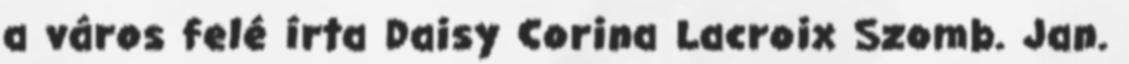
a város felé írta Daisy Corina Lacroix Szomb. Jan.